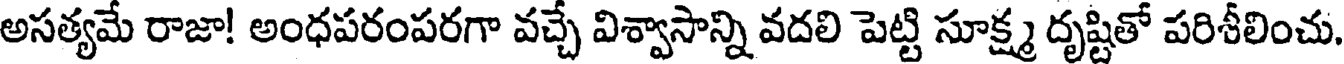
అసత్యమే రాజా! అంధపరంపరగా వచ్చే విశ్వాసాన్ని వదలి పెట్టి సూక్ష్మ దృష్టితో పరిశీలించు.